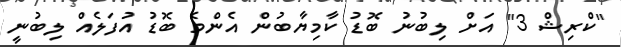
"ކްރިޝް 3" އަށް ލިބުނު ބޮޑު ކާމިޔާބުން އެންމެ ބޮޑު އުފަލެއް ލިބުނީ